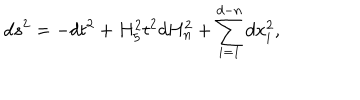
LaTeX: d s ^ { 2 } = - d t ^ { 2 } + H _ { 5 } ^ { 2 } t ^ { 2 } d H _ { n } ^ { 2 } + \sum _ { i = 1 } ^ { d - n } d x _ { i } ^ { 2 } ,